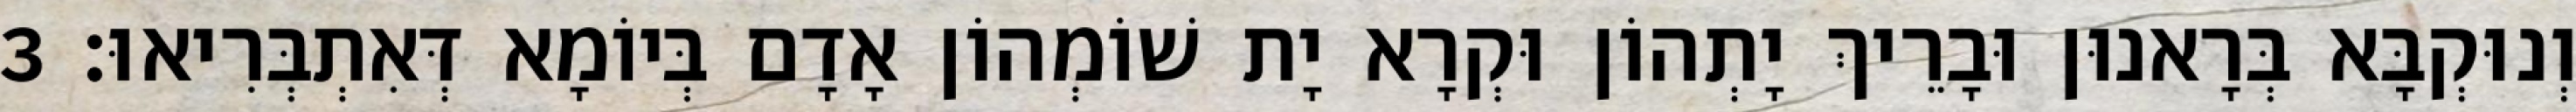
וְנוּקְבָּא בְּרָאנוּן וּבָרֵיךְ יָתְהוֹן וּקְרָא יָת שׁוֹמְהוֹן אָדָם בְּיוֹמָא דְּאִתְבְּרִיאוּ׃ 3